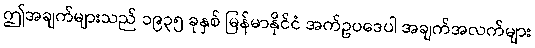
ဤအချက်များသည် ၁၉၃၅ ခုနှစ် မြန်မာနိုင်ငံ အက်ဥပဒေပါ အချက်အလက်များ